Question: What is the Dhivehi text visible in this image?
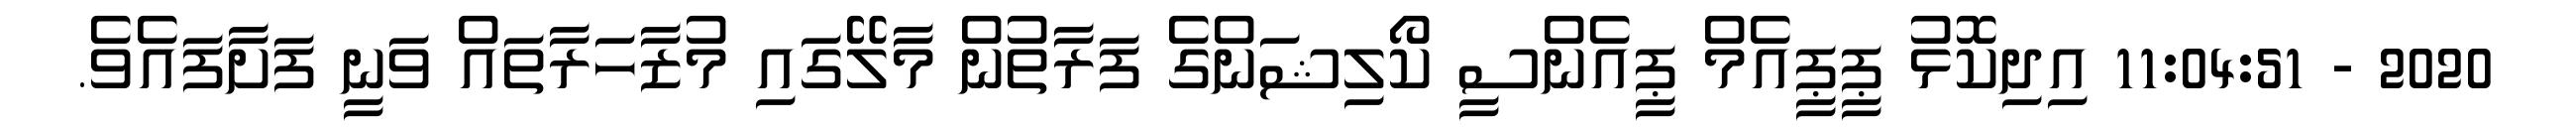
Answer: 2020 - 11:04:51 އިދިކޮޅު ޕީޕީއެމް ޕީއެންސީ ކޯލިޝަންގެ ފަރާތުން މާލޭގައި މުޒާހަރާތައް ވަނީ ފަށާފައެވެ.